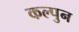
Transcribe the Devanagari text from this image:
कल्पुन